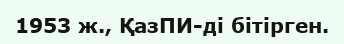
1953 ж., ҚазПИ-ді бітірген.